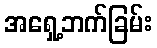
အရှေ့ဘက်ခြမ်း